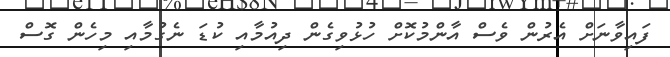
ފައިވާނަށް އެރުން ވެސް އާންމުކޮށް ހުޅުވިގެން ދިއުމާއި ކުޑަ ނެގުމާއި މިހެން ގޮސް